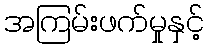
အကြမ်းဖက်မှုနှင့်